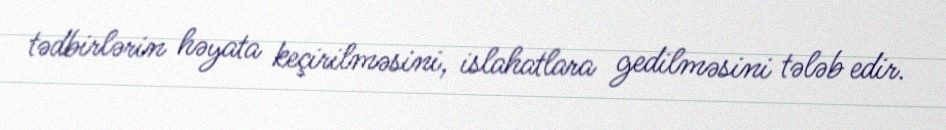
tədbirlərin həyata keçirilməsini, islahatlara gedilməsini tələb edir.